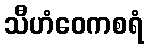
သီဟံဝေကစရံ